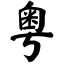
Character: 粤